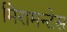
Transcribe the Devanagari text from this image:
मिरामन्टेस